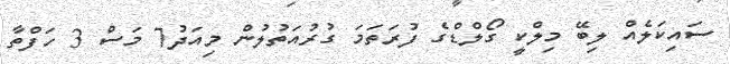
ސައިކަލެއް ލިބޭ މިލްކީ ގޯލްޑްގެ ފުރަތަމަ ގުރުއަތުލުން މިއަދު7 މަސް 3 ހަފްތާ